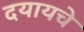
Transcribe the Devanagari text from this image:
दयायचे